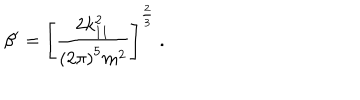
{ \beta } ^ { \prime } = { \left[ { \frac { 2 k _ { 1 1 } ^ { 2 } } { { ( 2 \pi ) } ^ { 5 } m ^ { 2 } } } \right] } ^ { \frac { 2 } { 3 } } \ .